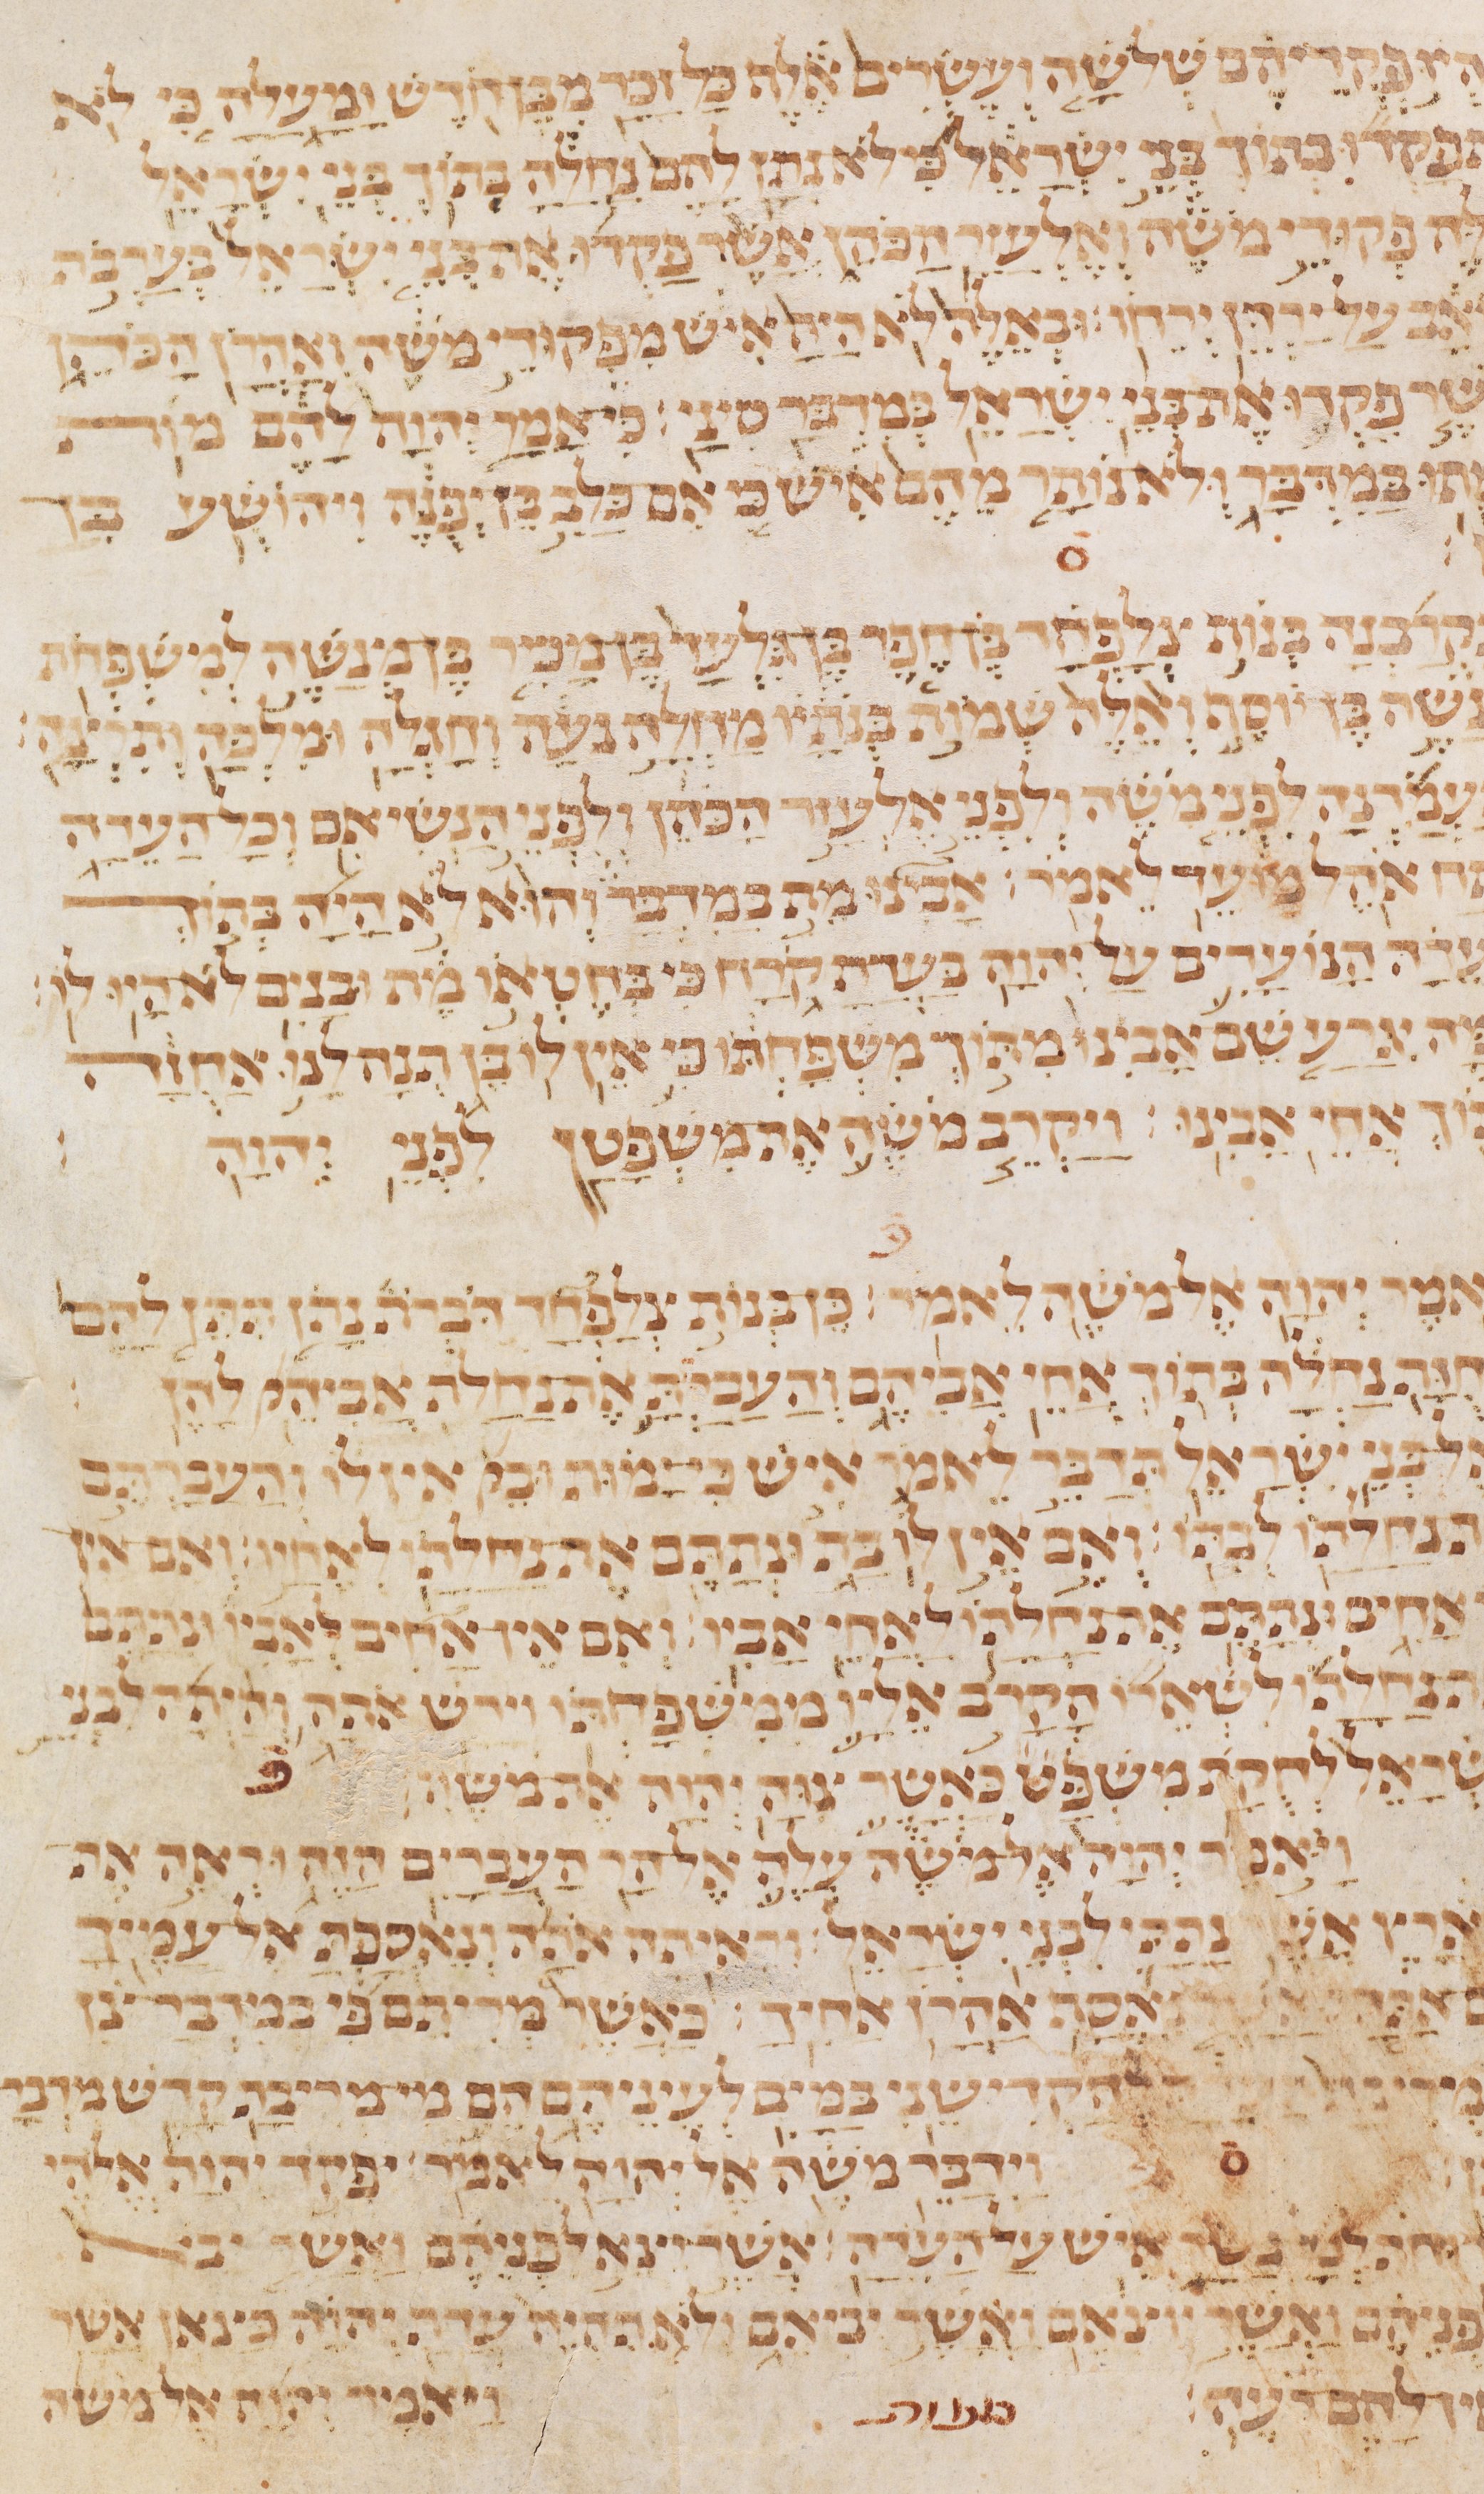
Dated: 1235–1255